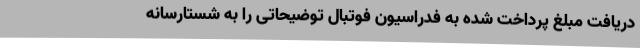
دریافت مبلغ پرداخت شده به فدراسیون فوتبال توضیحاتی را به شستارسانه